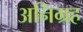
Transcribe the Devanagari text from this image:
अनिग्रह